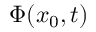
\Phi ( x _ { 0 } , t )